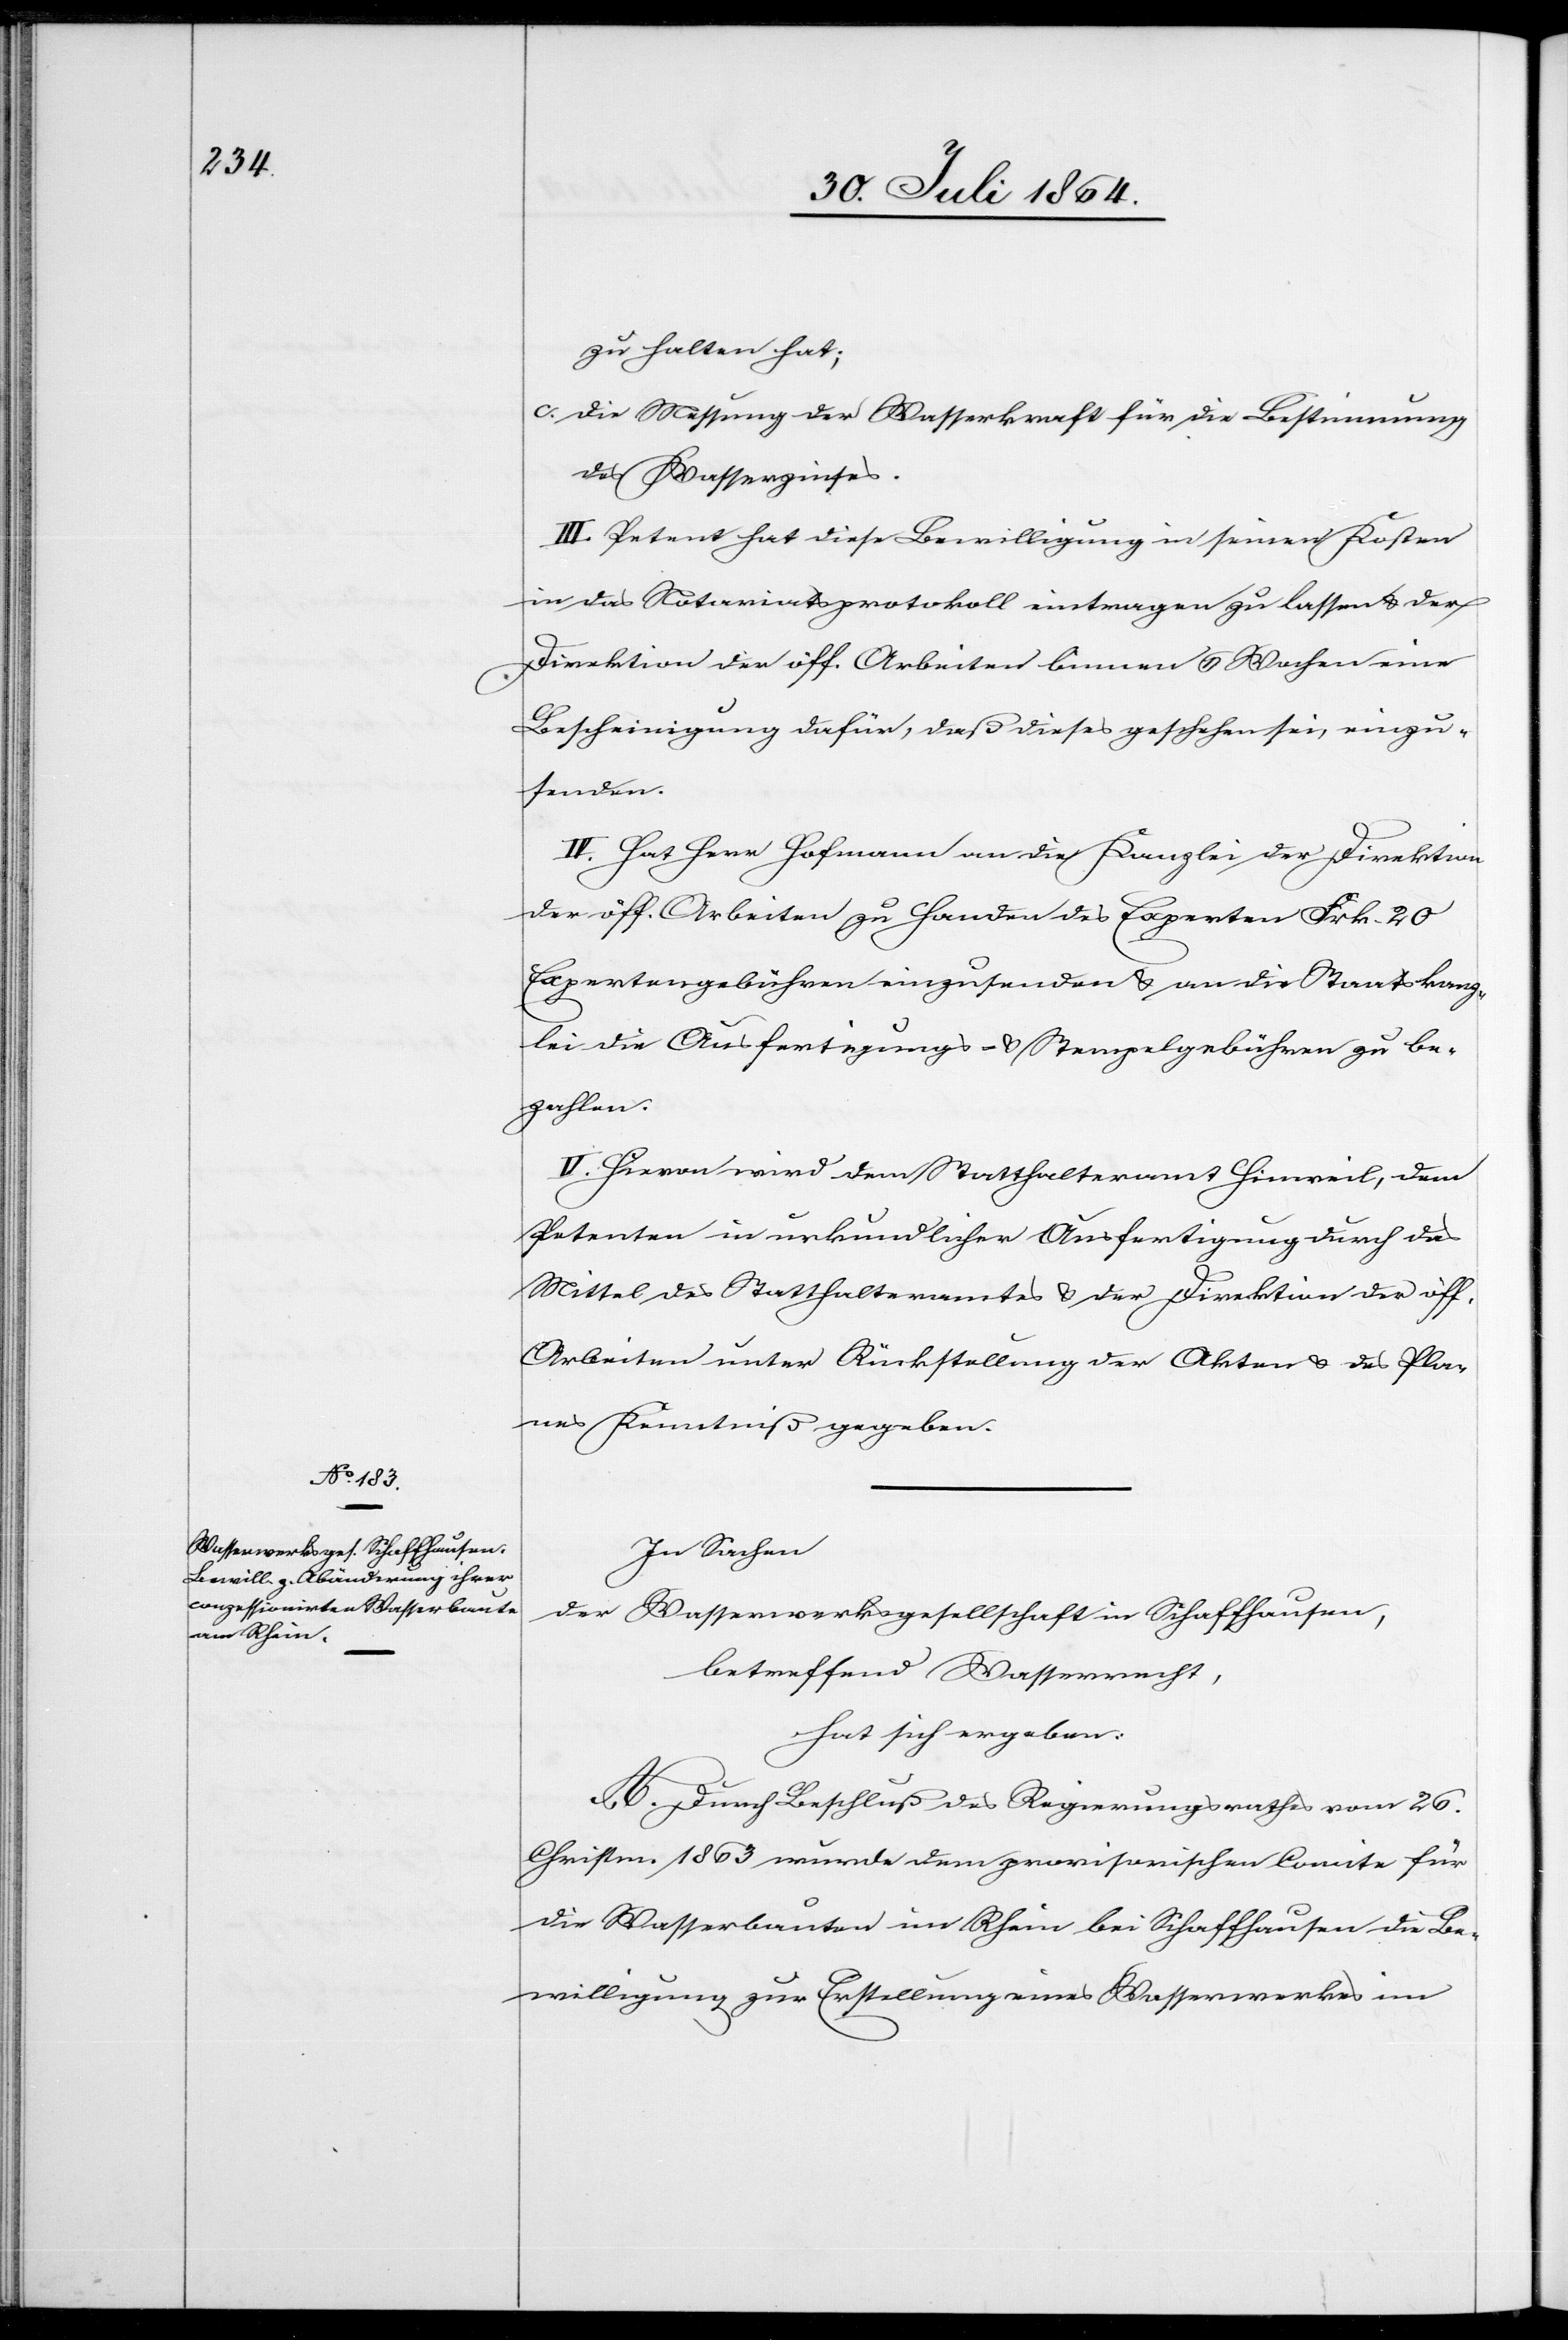
zu halten hat;
c.	die Messung der Wasserkraft für die Bestimmung
des Wasserzinses.
III. Petent hat diese Bewilligung in seinen Kosten
in das Notariatsprotokoll eintragen zu lassen & der
Direktion der öff. Arbeiten binnen 6 Wochen eine
Bescheinigung dafür, daß dieses geschehen sei, einzu¬
senden.
IV. Hat Herr Hofmann an die Kanzlei der Direktion
der öff. Arbeiten zu Handen des Experten Frk. 20
Expertengebühren einzusenden & an die Staatskanz¬
lei die Ausfertigungs- & Stempelgebühren zu be¬
zahlen.
V. Hievon wird dem Statthalteramt Hinweil, dem
Petenten in urkundlicher Ausfertigung durch das
Mittel des Statthalteramtes & der Direktion der öff.
Arbeiten unter Rückstellung der Akten & des Pla¬
nes Kenntniß gegeben.
In Sachen
der
Wasserwerksgesellschaft in Schaffhausen,
betreffend Wasserrecht,
hat sich ergeben:
A. Durch Beschluß des Regierungsrathes vom 26.
Christm. 1863 wurde dem provisorischen Comite für
die Wasserbauten im Rhein bei Schaffhausen die Be¬
willigung zur Erstellung eines Wasserwerkes im